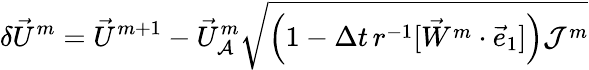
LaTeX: \delta\vec{U}^{m}=\vec{U}^{m+1}-\vec{U}_{\mathcal{A}}^{m}\sqrt{\Bigl(1-\Delta t\, r^{-1}[\vec{W}^{m}\cdot\vec{e}_{1}]\Bigr)\mathcal{J}^{m}}